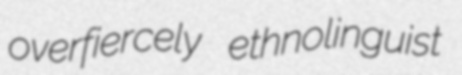
overfiercely ethnolinguist